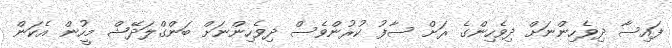
ފައިސާ ދިވެހިންނަށް ދިވެހިންގެ ރަށް ސާފު ކުރުންވެސް ދިވެހިންނަށް ބަންގްލަދޭޝް މީހުން އެކަން